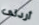
أردتى